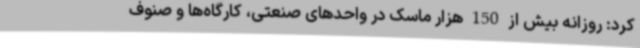
کرد: روزانه بیش از 150 هزار ماسک در واحدهای صنعتی، کارگاه‌ها و صنوف